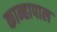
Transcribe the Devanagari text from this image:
कान्हापाल